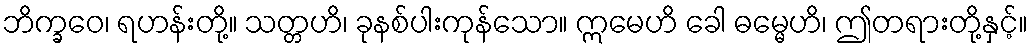
ဘိက္ခဝေ၊ ရဟန်းတို့။ သတ္တဟိ၊ ခုနစ်ပါးကုန်သော။ ဣမေဟိ ခေါ ဓမ္မေဟိ၊ ဤတရားတို့နှင့်။